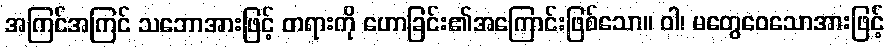
အကြင်အကြင် သဘောအားဖြင့် တရားကို ဟောခြင်း၏အကြောင်းဖြစ်သော။ ဝါ၊ မတွေဝေသောအားဖြင့်